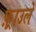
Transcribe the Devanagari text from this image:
फ़्राउले